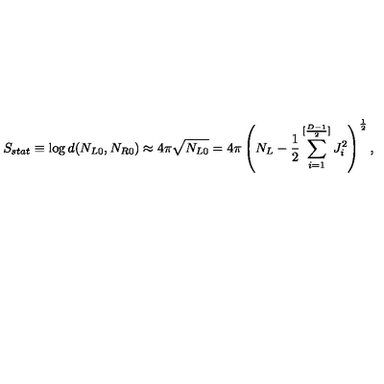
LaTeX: S _ { s t a t } \equiv \log d ( N _ { L 0 } , N _ { R 0 } ) \approx 4 \pi \sqrt { N _ { L 0 } } = 4 \pi \left( N _ { L } - { \frac { 1 } { 2 } } \sum _ { i = 1 } ^ { [ { \frac { D - 1 } { 2 } } ] } J _ { i } ^ { 2 } \right) ^ { \frac { 1 } { 2 } } ,